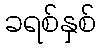
ခရစ်နှစ်